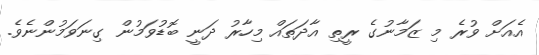
އެއަށް ވުރެ މި ޒަމާނުގެ ރީތި އާދަތައް މިހާރު ދަނީ ބޮޑުވަމުން ގިނަވަމުންނެވެ.